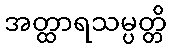
အတ္ထာရသမ္ပတ္တိ